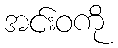
အင်းဝကို